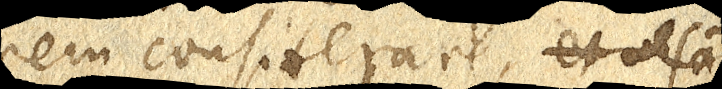
rem considerare et visam